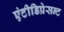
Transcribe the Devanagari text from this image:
एंटीडिप्रेसन्ट